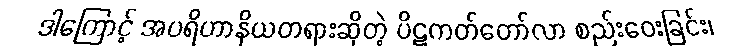
ဒါကြောင့် အပရိဟာနိယတရားဆိုတဲ့ ပိဋကတ်တော်လာ စည်းဝေးခြင်း၊